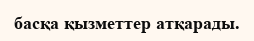
басқа қызметтер атқарады.